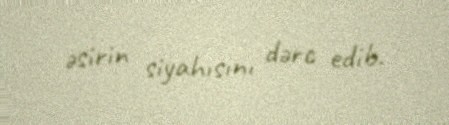
əsirin siyahısını dərc edib.